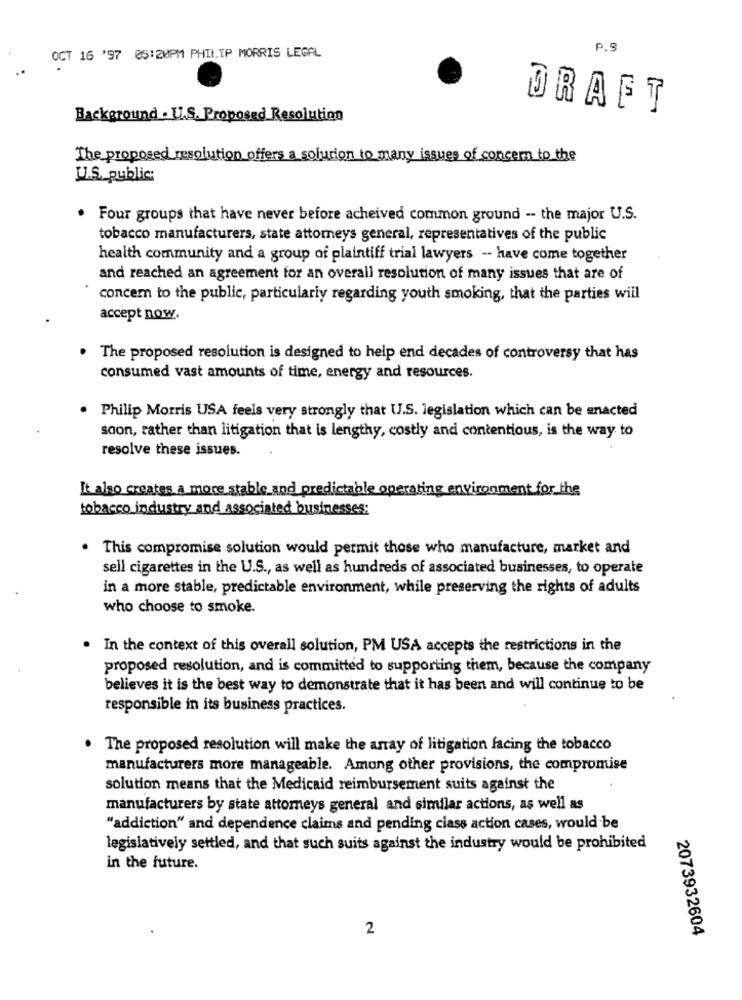
P.S
OCT 16 '97 05:20PM PHILIP MORRIS LEGAL
DRAFT
Background . U.S. Proposed Resolution
The proposed resolution offers a solution to many issues of concern to the
U.S. public:
Four groups that have never before acheived common ground -- the major U.S.
tobacco manufacturers, state attorneys general, representatives of the public
health community and a group of plaintiff trial lawyers -- have come together
and reached an agreement for an overall resolution of many issues that are of
concern to the public, particularly regarding youth smoking, that the parties will
accept now.
. The proposed resolution is designed to help end decades of controversy that has
consumed vast amounts of time, energy and resources.
Philip Morris USA feels very strongly that U.S. legislation which can be anacted
saon, rather than litigation that is lengthy, costly and contentious, is the way to
resolve these issues.
It also creates a more stable and predictable operating environment for the
tobacco industry and associated businesses;
This compromise solution would permit those who manufacture, market and
sell cigarettes in the U.S ., as well as hundreds of associated businesses, to operate
in a more stable, predictable environment, while preserving the rights of adults
who choose to smoke.
. In the context of this overall solution, PM USA accepts the restrictions in the
proposed resolution, and is committed to supporting them, because the company
believes it is the best way to demonstrate that it has been and will continue to be
responsible in its business practices.
The proposed resolution will make the array of litigation facing the tobacco
manufacturers more manageable. Among other provisions, the compromise
solution means that the Medicaid reimbursement suits against the
manufacturers by state attorneys general and similar actions, as well as
"addiction" and dependence claims and pending class action cases, would be
legislatively settled, and that such suits against the industry would be prohibited
in the future.
2
2073932604